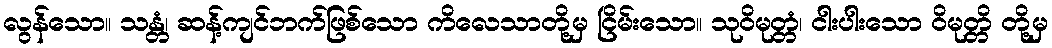
လွန်သော။ သန္တံ၊ ဆန့်ကျင်ဘက်ဖြစ်သော ကိလေသာတို့မှ ငြိမ်းသော။ သုဝိမုတ္တံ၊ ငါးပါးသော ဝိမုတ္တိ တို့မှ